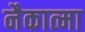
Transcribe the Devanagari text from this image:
नैकात्मा